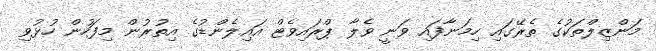
މަންޒިލްތަކުގެ ތެރޭގައި ހިމަނާފައި ވަނީ ވެލާ ޕްރައިވެޓް އައިލެންޑުގެ އިތުރުން މިފަހުން ހުޅުވި